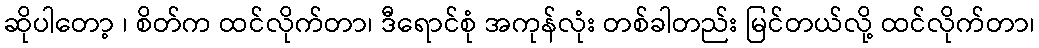
ဆိုပါတော့ ၊ စိတ်က ထင်လိုက်တာ၊ ဒီရောင်စုံ အကုန်လုံး တစ်ခါတည်း မြင်တယ်လို့ ထင်လိုက်တာ၊